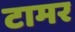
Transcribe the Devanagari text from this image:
टामर